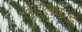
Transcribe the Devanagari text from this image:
बुंदेलकंड